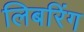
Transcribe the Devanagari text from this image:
लिबरिंग